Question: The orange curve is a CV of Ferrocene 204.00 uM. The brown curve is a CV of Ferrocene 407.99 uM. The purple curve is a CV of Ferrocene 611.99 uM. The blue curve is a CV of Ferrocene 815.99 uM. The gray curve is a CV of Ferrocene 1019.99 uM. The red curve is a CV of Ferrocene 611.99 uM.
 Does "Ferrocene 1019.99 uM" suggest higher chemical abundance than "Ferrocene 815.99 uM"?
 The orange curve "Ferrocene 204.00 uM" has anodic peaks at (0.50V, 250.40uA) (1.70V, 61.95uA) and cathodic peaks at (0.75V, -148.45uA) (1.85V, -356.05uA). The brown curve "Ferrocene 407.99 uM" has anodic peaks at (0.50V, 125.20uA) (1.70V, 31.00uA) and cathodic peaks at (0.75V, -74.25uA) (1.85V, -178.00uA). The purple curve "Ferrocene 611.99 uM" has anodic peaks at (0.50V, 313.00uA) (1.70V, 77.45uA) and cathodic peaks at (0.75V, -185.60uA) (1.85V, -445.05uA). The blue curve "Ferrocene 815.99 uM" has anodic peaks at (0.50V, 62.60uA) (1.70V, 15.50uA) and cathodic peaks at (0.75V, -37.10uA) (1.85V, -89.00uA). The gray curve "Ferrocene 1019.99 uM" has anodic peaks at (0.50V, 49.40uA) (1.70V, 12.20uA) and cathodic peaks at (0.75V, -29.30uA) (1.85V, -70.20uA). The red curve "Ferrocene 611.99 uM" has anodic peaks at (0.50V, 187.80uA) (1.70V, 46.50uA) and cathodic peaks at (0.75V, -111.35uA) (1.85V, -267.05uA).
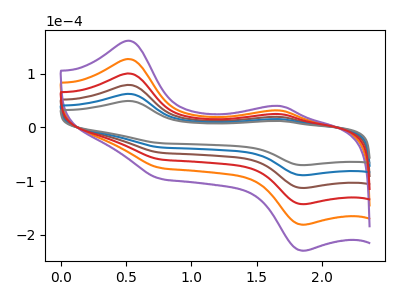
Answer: <think>All the peaks in "Ferrocene 1019.99 uM" have a peak in "Ferrocene 815.99 uM" at the same potential. Every peak in "Ferrocene 1019.99 uM" is lower than every peak in "Ferrocene 815.99 uM".
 </think>
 <answer>"Ferrocene 1019.99 uM" has less signal than "Ferrocene 815.99 uM".</answer>
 <eval>less_signal</eval>